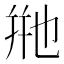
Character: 𬼩